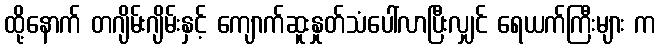
ထို့နောက် တဂျိမ်းဂျိမ်းနှင့် ကျောက်ဆူးနှုတ်သံပေါ်လာပြီးလျှင် ရေယက်ကြီးများ က